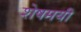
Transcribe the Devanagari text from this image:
शेषमयी